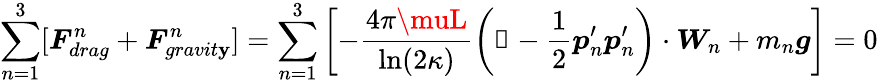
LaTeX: \sum_{n=1}^{3}[\boldsymbol{F}_{drag}^{n}+\boldsymbol{F}_{gravit\mathbf{y}}^{n}]=\sum_{n=1}^{3}\left[-\frac{{4\pi\muL}}{{\ln(2\kappa)}}\left(\mathbb{{1}}-\frac{{1}}{{2}}\boldsymbol{p}_{n}^{\prime}\boldsymbol{p}_{n}^{\prime}\right)\cdot\boldsymbol{W}_{n}+m_{n}\boldsymbol{g}\right]=0